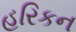
હરિકન